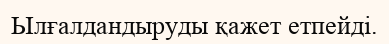
Ылғалдандыруды қажет етпейді.